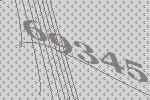
69345